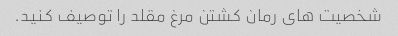
شخصیت های رمان کشتن مرغ مقلد را توصیف کنید.